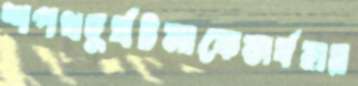
শপথদুর্ঘটনাকেসর্বহার